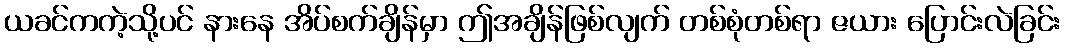
ယခင်ကကဲ့သို့ပင် နားနေ အိပ်စက်ချိန်မှာ ဤအချိန်ဖြစ်လျက် တစ်စုံတစ်ရာ ဇယား ပြောင်းလဲခြင်း